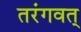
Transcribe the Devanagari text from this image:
तरंगवत्